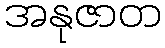
အနုဇာတ